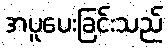
အပူပေးခြင်းသည်